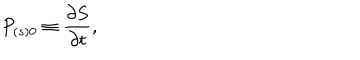
P _ { \left( s \right) 0 } \equiv \frac { \partial S } { \partial t } ,